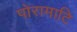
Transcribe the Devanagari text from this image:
पोरामाटि